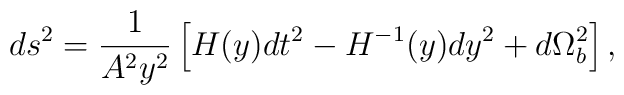
ds^2 = \frac{1}{A^2 y^2} \left[ H(y) dt^2 - H^{-1}(y) dy^2 + d\Omega^2_b \right],